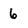
Character: 6